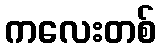
ကလေးတစ်